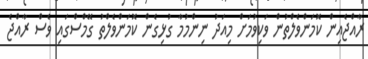
ރާއްޖެއިން ކޮމަންވެލްތުން ވަކިވުމަށް މިއަދު ނިންމުމާ ގުޅިގެން ކޮމަންވެލްތު ގޭމްސްގައި ވެސް ރާއްޖެ